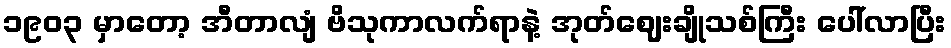
၁၉၀၃ မှာတော့ အီတာလျံ ဗိသုကာလက်ရာနဲ့ အုတ်ဈေးချိုသစ်ကြီး ပေါ်လာပြီး